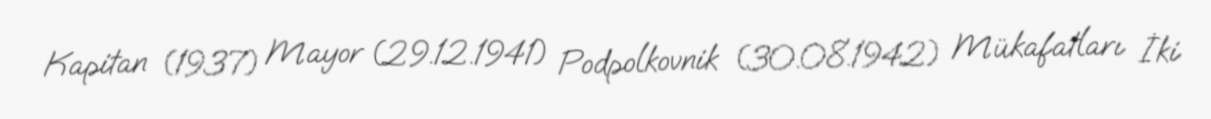
Kapitan (1937) Mayor (29.12.1941) Podpolkovnik (30.08.1942) Mükafatları İki